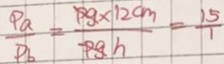
\frac { P a } { P b } = \frac { p g \times 1 2 c m } { p g h } = \frac { 1 5 } { 1 }